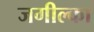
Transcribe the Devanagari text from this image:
जगील्का